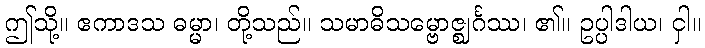
ဤသို့။ ဧကာဒသ ဓမ္မာ၊ တို့သည်။ သမာဓိသမ္ဗောဇ္ဈင်္ဂဿ၊ ၏။ ဥပ္ပါဒါယ၊ ငှါ။